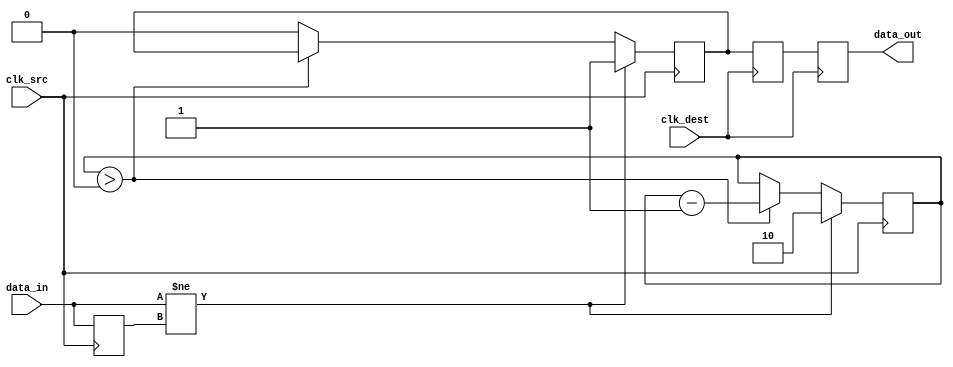
module pulsed_synchronizer (
    input wire data_in,         // Asynchronous input signal
    input wire clk_src,        // Source clock
    input wire clk_dest,       // Destination clock
    output reg data_out        // Synchronized output signal
);

// Parameters
parameter PULSE_WIDTH = 2;    // Adjust pulse width for reliable capture
reg pulse;
reg sampled_src;
reg [1:0] pulse_counter;       // Counter for pulse width

// Pulse generation logic
always @(posedge clk_src) begin
    if (data_in != sampled_src) begin
        // Transition detected - start pulse generation
        pulse <= 1'b1;
        pulse_counter <= PULSE_WIDTH;
    end else if (pulse_counter > 0) begin
        // Maintain pulse for defined width
        pulse_counter <= pulse_counter - 1;
    end else begin
        pulse <= 1'b0; // Reset pulse
    end
    sampled_src <= data_in; // Sample the input
end

// Synchronization logic using flip-flops
reg sync_ff_1;
reg sync_ff_2;

// First flip-flop to capture the sampled signal
always @(posedge clk_dest) begin
    sync_ff_1 <= pulse; // Capture pulse on the destination clock
end

// Second flip-flop to stabilize the output
always @(posedge clk_dest) begin
    sync_ff_2 <= sync_ff_1; // Further synchronize the pulse
end

assign data_out = sync_ff_2; // Synchronized output signal

endmodule